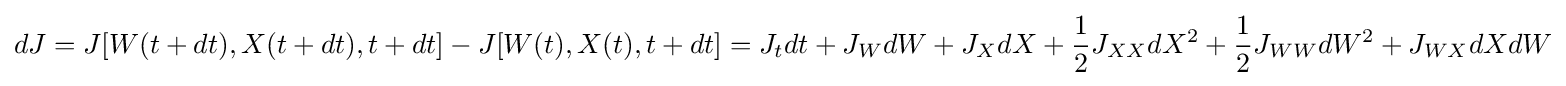
dJ=J[W(t+dt),X(t+dt),t+dt]-J[W(t),X(t),t+dt]=J_{t}dt+J_{W}dW+J_{X}dX+{\frac {1}{2}}J_{XX}dX^{2}+{\frac {1}{2}}J_{WW}dW^{2}+J_{WX}dXdW